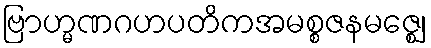
ဗြာဟ္မဏဂဟပတိကအမစ္စဇနမဇ္ဈေ၊